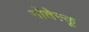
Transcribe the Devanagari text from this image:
मोतेस्कू